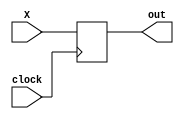
module reg2(X,clock,out);
	
	input clock;
	input [0:3] X;
	output reg [0:3] out;
	
	always @ (negedge clock)
	begin
	out = X;
	end
endmodule